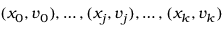
( x _ { 0 } , v _ { 0 } ) , \ldots , ( x _ { j } , v _ { j } ) , \ldots , ( x _ { k } , v _ { k } )